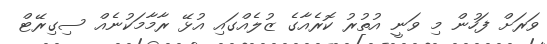
ވަރަށް ފަހުން މި ވަނީ އުތުރު ކޮރެއާގެ ޒުލެއްގައި އުޅޭ ރާމާމަކުނެއް ސިގިރޭޓް